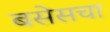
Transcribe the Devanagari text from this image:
बसेसचा